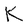
Character: K